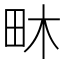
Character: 𤱃